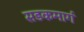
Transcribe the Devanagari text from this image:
सडकमार्ग